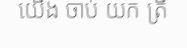
យើង ចាប់ យក ត្រី